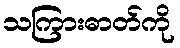
သကြားဓာတ်ကို